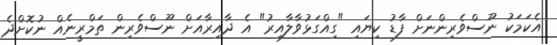
އެކަމަކު ނޫސްވެރިންނަށް ފާޑު ކިޔައި "ގިއްގަޅުވާލާއިރު" އެ ދާއިރާއަށް ނޫސްވެރިން ތަމްރީނެއް ނުކޮށްދެ